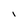
Character: i